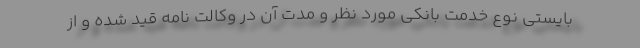
بایستی نوع خدمت بانکی مورد نظر و مدت آن در وکالت نامه قید شده و از